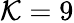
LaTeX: \mathcal{K}=9